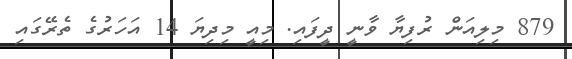
879 މިލިއަން ރުފިޔާ ވާނީ ދީފައި. މިއީ މިދިޔަ 14 އަހަރުގެ ތެރޭގައި